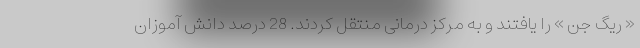
« ریگ جن » را یافتند و به مرکز درمانی منتقل کردند. 28 درصد دانش آموزان